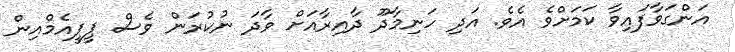
އަންގަވާފައިވާ ކަމަށްވެ އެވެ. އަދި ހަނިމާދޫ ދާއިރާއަށް ވާދަ ނުކުރަން ވެސް ޕީޕީއެމްއިން